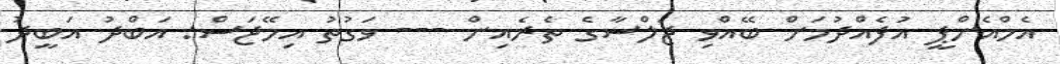
އެމްއެންޕީ އުފެއްދުމަށް ބޭއްވި ޖަލްސާގެ ތެރެއިން --- ވަގުތު އިމޭޖަސް: އަބްދު އަބީދު